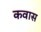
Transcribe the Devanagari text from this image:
कवास